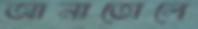
আনাতোলে